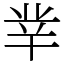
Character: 丵